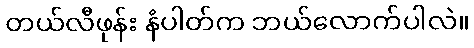
တယ်လီဖုန်း နံပါတ်က ဘယ်လောက်ပါလဲ။